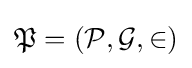
{\mathfrak {P}}=({\mathcal {P}},{\mathcal {G}},\in )